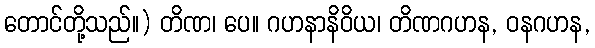
တောင်တို့သည်။) တိဏ၊ ပေ။ ဂဟနာနိဝိယ၊ တိဏဂဟန, ဝနဂဟန,